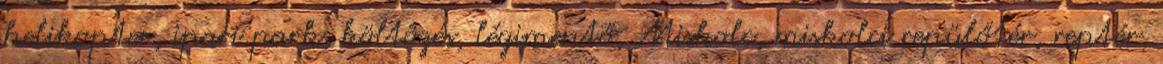
helikopter, ipari park, költözés, légimentő, Miskolc, miskolci repülőtér, reptér,